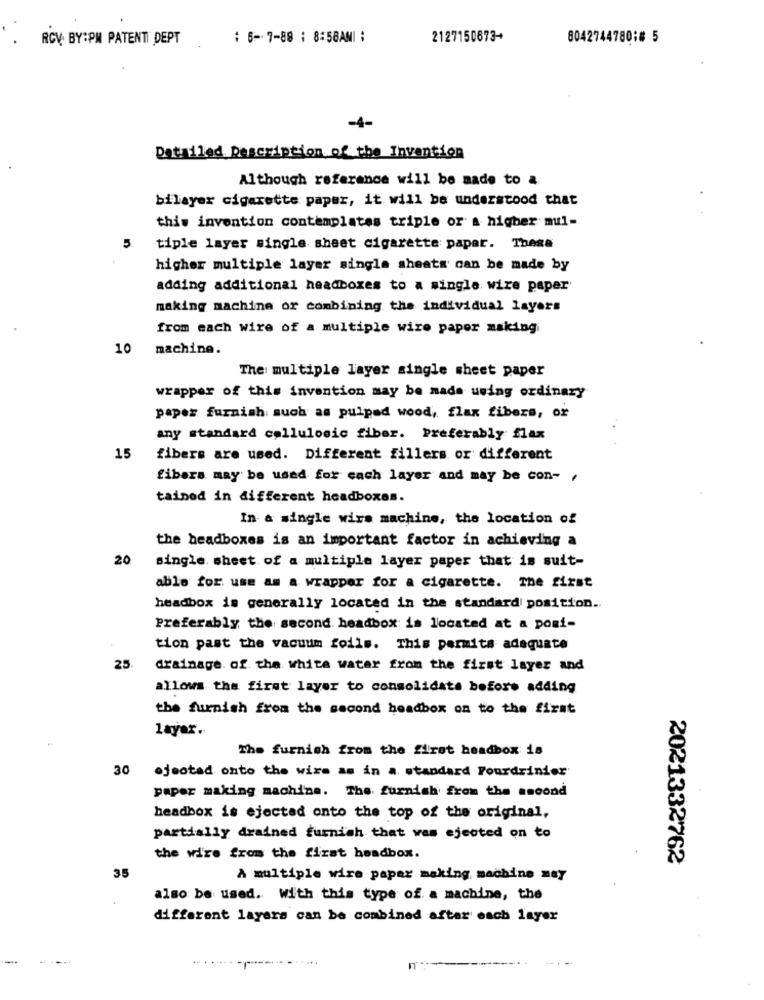
RCV BY:PM PATENTI DEPT
: 6-7-88 : 8:58AMI ;
2127150873+
8042744780;# 5
-4-
Detailed Description of the Invention
Although reference will be made to a
bilayer cigarette paper, it will be understood that
this invention contemplates triple or a higher mul-
5. tiple layer single sheet cigarette papar. These
higher multiple layer single sheets can be made by
adding additional headboxes to a single wire paper
making machine or combining the individual layers
from each wire of a multiple wire paper making
10
machine.
The multiple layer single sheet paper
wrapper of this invention may be made using ordinary
paper furnish such as puipad wood, flax fibers, or
any standard collulosic fiber. Preferably flax
15
fibers are used. Different fillers or different
fibers may be used for cach layer and may be con- ,
tained in different headboxes.
In a single wirs machine, the location of
the headboxes is an important factor in achieving a
20
single. sheet of a multiple layer paper that is suit-
able for use as a wrapper for a cigarette. The first
headbox is generally located in the standard position.
Preferably the second. headbox is located at a posi-
tion past the vacuum foils. This permits adequate
25
drainage. of the white water from the first layer and
allows the first layer to consolidate before adding
the furnish from the second headbox on to the first
layer.
The furnish from the first headbox is
30
ojeotad onto the wire as in a standard Pourdrinier
paper making machine. The. furnish from the second
headbox is ejected onto the top of the original,
partially drained furnish that was ejected on to
the wire from the first headbox.
2021332762
35
A multiple wire paper making machine may
also be used. With this type of a machine, the
different layers can be combined after each layer
-r